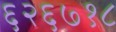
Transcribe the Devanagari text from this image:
६२६७१८